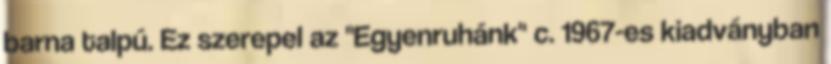
barna talpú. Ez szerepel az "Egyenruhánk" c. 1967-es kiadványban